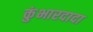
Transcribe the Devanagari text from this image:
कुंभारदादा